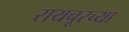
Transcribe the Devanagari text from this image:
रायचूरच्या